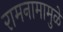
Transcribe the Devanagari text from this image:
रामनामामुळे